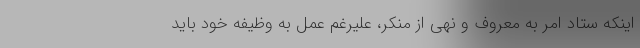
اینکه ستاد امر به معروف و نهی از منکر، علیرغم عمل به وظیفه خود باید